Scottish Certificate of Education, 1962
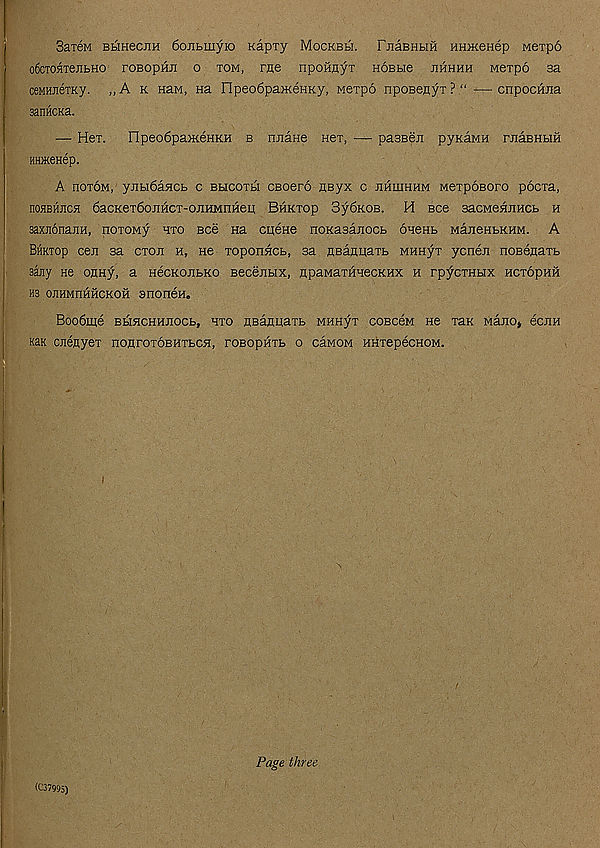
SareM BMHecjiH 6ojibmyio Kapry Mockbh. FuaBHbiH HHJKenep wexpo
o6cToaTenbHO roBopHJi o tom, rue npoHoyT HOBbie jihhhh Merpo aa
csMHJieTKy. „A k naM, Ha FIpeo6pa>KeHKy, Merpo npoBenyT?" —cnpocHJia
sanHCKa.
— Hex.
ripeodpaHceHKH b njiane Hex, — paaseH pyKaMH rJiaBHbiH
HHHieHep.
A noxoM, yjibi6aHCb c Bucoxbi cBoero nsyx c hhuihhm MexpoBoro pocxa,
noHBHJica SacKexdojiHCT-oJiHMnHeu Bhktop 3y6KOB. H see aacMenjiHCb h
saxjionajiH, noxoMy hto see na epene noKasanocb onenb MajieHbKHM. A
Bhktop cen sa exon h, hc xoponneb, sa HBanpaTb MHHyx ycnen noBenaxb
sany He OHHy, a HecKOJibKO Becanbix, npaMaxHHecKHX h rpycxHbix hctophh
H3 OJIHMITHHCKOH 3n0neH.
Boo6me BbiHCHHJiocb, hto HBaHuaxb MHHyx coBceM He xax Maxto* ecxiH
KaK cnenyex nonroxoBHXbCH, roBopHTb o caMOM HHxepecHOM.
(C37995)
Page three